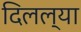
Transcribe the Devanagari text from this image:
दिलल्या